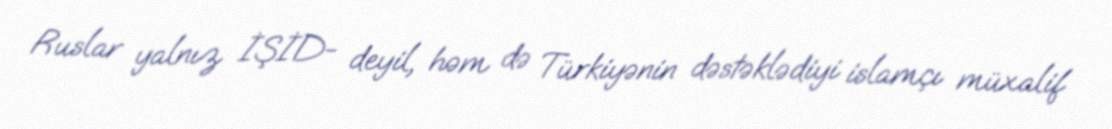
Ruslar yalnız İŞİD- deyil, həm də Türkiyənin dəstəklədiyi islamçı müxalif